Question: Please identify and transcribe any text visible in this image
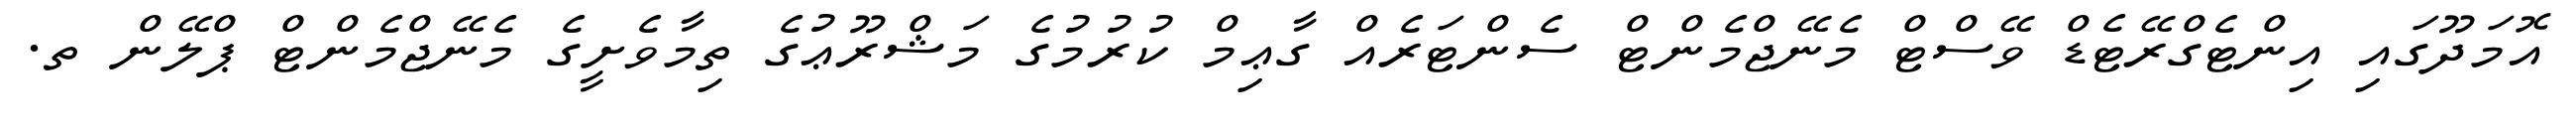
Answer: އޮމަދޫގައި އިންޓެގްރޭޓެޑް ވޭސްޓް މެނޭޖްމެންޓް ސެންޓަރެއް ގާޢިމް ކުރުމުގެ މަޝްރޫޢުގެ ތިމާވެށީގެ މެނޭޖްމެންޓް ޕްލޭން ތ.